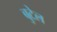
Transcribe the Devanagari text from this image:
बुटेल